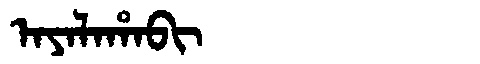
Manchu: ᠠᠶᠠᠯᠠᡥᠠᠪᡳ
Romanization: AYALAHABI